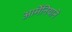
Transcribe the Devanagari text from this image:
आर्मेनियाने